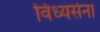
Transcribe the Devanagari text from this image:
विंध्यसेना